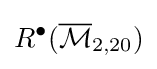
R^{\bullet }({\overline {\mathcal {M}}}_{2,20})